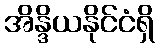
အိန္ဒိယနိုင်ငံရှိ